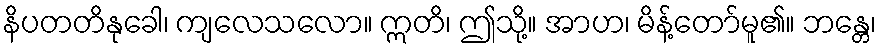
နိပတတိနုခေါ၊ ကျလေသလော။ ဣတိ၊ ဤသို့။ အာဟ၊ မိန့်တော်မူ၏။ ဘန္တေ၊